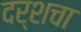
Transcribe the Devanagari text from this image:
दर्शचा